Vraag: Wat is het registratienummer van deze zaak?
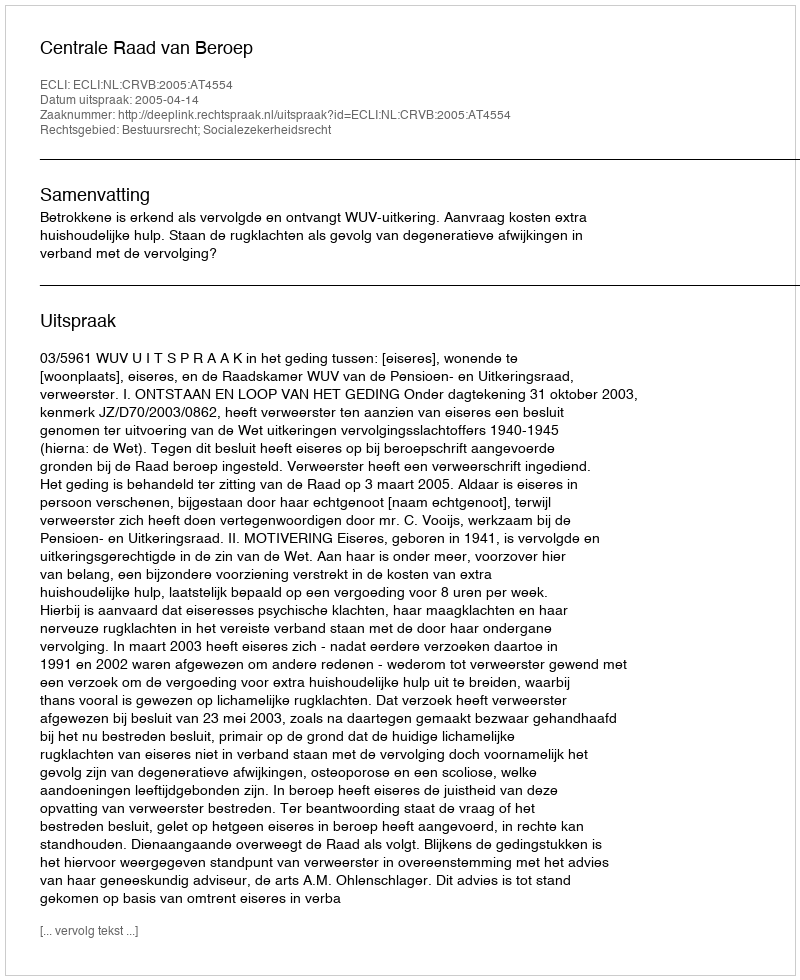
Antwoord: http://deeplink.rechtspraak.nl/uitspraak?id=ECLI:NL:CRVB:2005:AT4554